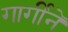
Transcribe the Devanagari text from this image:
गार्गीने